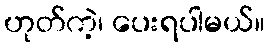
ဟုတ်ကဲ့၊ ပေးရပါမယ်။